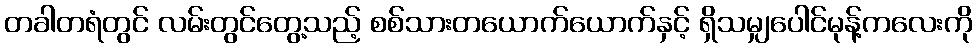
တခါတရံတွင် လမ်းတွင်တွေ့သည့် စစ်သားတယောက်ယောက်နှင့် ရှိသမျှပေါင်မုန့်ကလေးကို